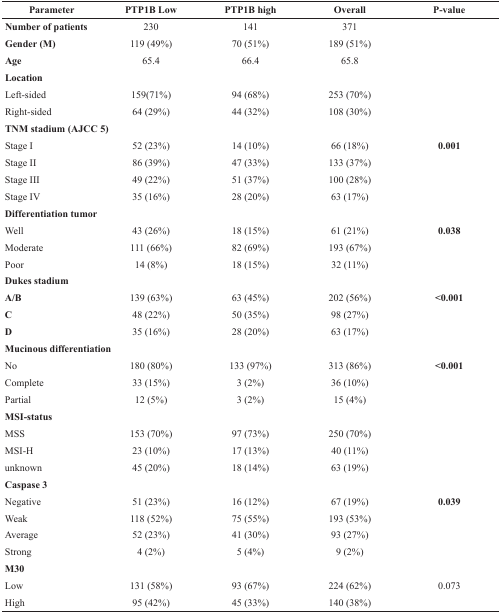
<table><thead><tr><td><b>Parameter</b></td><td><b>PTP1B Low</b></td><td><b>PTP1B high</b></td><td><b>Overall</b></td><td><b>P-value</b></td></tr></thead><tbody><tr><td><b>Number of patients</b></td><td>230</td><td>141</td><td>371</td><td></td></tr><tr><td><b>Gender (M)</b></td><td>119 (49%)</td><td>70 (51%)</td><td>189 (51%)</td><td></td></tr><tr><td><b>Age</b></td><td>65.4</td><td>66.4</td><td>65.8</td><td></td></tr><tr><td><b>Location</b></td><td></td><td></td><td></td><td></td></tr><tr><td>Left-sided</td><td>159(71%)</td><td>94 (68%)</td><td>253 (70%)</td><td></td></tr><tr><td>Right-sided</td><td>64 (29%)</td><td>44 (32%)</td><td>108 (30%)</td><td></td></tr><tr><td><b>TNM stadium (AJCC 5)</b></td><td></td><td></td><td></td><td></td></tr><tr><td>Stage I</td><td>52 (23%)</td><td>14 (10%)</td><td>66 (18%)</td><td><b>0.001</b></td></tr><tr><td>Stage II</td><td>86 (39%)</td><td>47 (33%)</td><td>133 (37%)</td><td></td></tr><tr><td>Stage III</td><td>49 (22%)</td><td>51 (37%)</td><td>100 (28%)</td><td></td></tr><tr><td>Stage IV</td><td>35 (16%)</td><td>28 (20%)</td><td>63 (17%)</td><td></td></tr><tr><td><b>Differentiation tumor</b></td><td></td><td></td><td></td><td></td></tr><tr><td>Well</td><td>43 (26%)</td><td>18 (15%)</td><td>61 (21%)</td><td><b>0.038</b></td></tr><tr><td>Moderate</td><td>111 (66%)</td><td>82 (69%)</td><td>193 (67%)</td><td></td></tr><tr><td>Poor</td><td>14 (8%)</td><td>18 (15%)</td><td>32 (11%)</td><td></td></tr><tr><td><b>Dukes stadium</b></td><td></td><td></td><td></td><td></td></tr><tr><td><b>A/B</b></td><td>139 (63%)</td><td>63 (45%)</td><td>202 (56%)</td><td><b>&lt;0.001</b></td></tr><tr><td><b>C</b></td><td>48 (22%)</td><td>50 (35%)</td><td>98 (27%)</td><td></td></tr><tr><td><b>D</b></td><td>35 (16%)</td><td>28 (20%)</td><td>63 (17%)</td><td></td></tr><tr><td><b>Mucinous differentiation</b></td><td></td><td></td><td></td><td></td></tr><tr><td>No</td><td>180 (80%)</td><td>133 (97%)</td><td>313 (86%)</td><td><b>&lt;0.001</b></td></tr><tr><td>Complete</td><td>33 (15%)</td><td>3 (2%)</td><td>36 (10%)</td><td></td></tr><tr><td>Partial</td><td>12 (5%)</td><td>3 (2%)</td><td>15 (4%)</td><td></td></tr><tr><td><b>MSI-status</b></td><td></td><td></td><td></td><td></td></tr><tr><td>MSS</td><td>153 (70%)</td><td>97 (73%)</td><td>250 (70%)</td><td></td></tr><tr><td>MSI-H</td><td>23 (10%)</td><td>17 (13%)</td><td>40 (11%)</td><td></td></tr><tr><td>unknown</td><td>45 (20%)</td><td>18 (14%)</td><td>63 (19%)</td><td></td></tr><tr><td><b>Caspase 3</b></td><td></td><td></td><td></td><td></td></tr><tr><td>Negative</td><td>51 (23%)</td><td>16 (12%)</td><td>67 (19%)</td><td><b>0.039</b></td></tr><tr><td>Weak</td><td>118 (52%)</td><td>75 (55%)</td><td>193 (53%)</td><td></td></tr><tr><td>Average</td><td>52 (23%)</td><td>41 (30%)</td><td>93 (27%)</td><td></td></tr><tr><td>Strong</td><td>4 (2%)</td><td>5 (4%)</td><td>9 (2%)</td><td></td></tr><tr><td><b>M30</b></td><td></td><td></td><td></td><td></td></tr><tr><td>Low</td><td>131 (58%)</td><td>93 (67%)</td><td>224 (62%)</td><td>0.073</td></tr><tr><td>High</td><td>95 (42%)</td><td>45 (33%)</td><td>140 (38%)</td><td></td></tr></tbody></table>